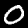
Label: 0